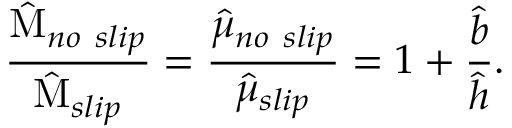
\frac { \hat { \textmd M } _ { n o \ s l i p } } { \hat { \textmd M } _ { s l i p } } = \frac { \hat { \mu } _ { n o \ s l i p } } { \hat { \mu } _ { s l i p } } = 1 + \frac { \hat { b } } { \hat { h } } .